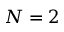
N = 2